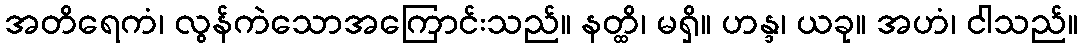
အတိရေကံ၊ လွန်ကဲသောအကြောင်းသည်။ နတ္ထိ၊ မရှိ။ ဟန္ဒ၊ ယခု။ အဟံ၊ ငါသည်။